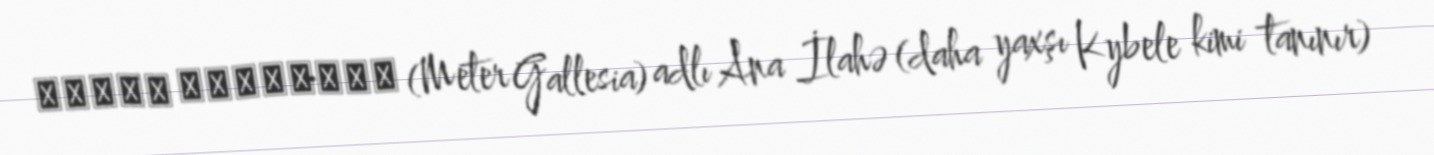
Μετηρ Δαλλησια (Meter Gallesia) adlı Ana İlahə (daha yaxşı Kybele kimi tanınır)